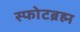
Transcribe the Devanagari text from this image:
स्फोटब्रह्म